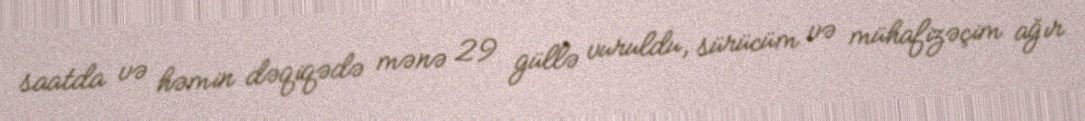
saatda və həmin dəqiqədə mənə 29 güllə vuruldu, sürücüm və mühafizəçim ağır